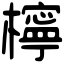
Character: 檸